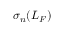
\sigma _ { n } ( L _ { F } )